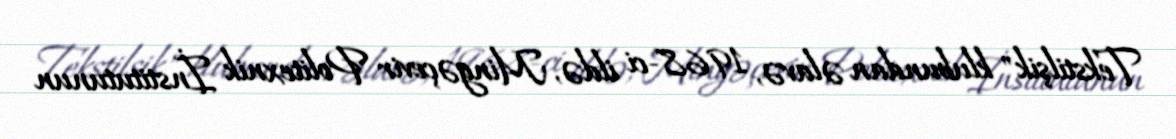
Tekstilşik" klubundan əlavə, 1968-ci ildə, Mingəçevir Politexnik İnstitutunun